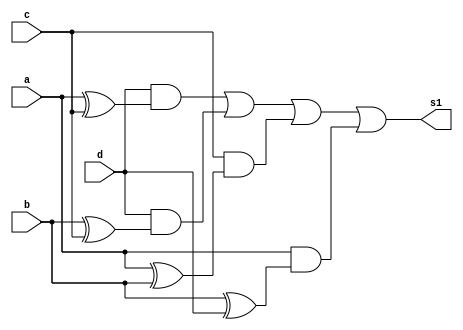

module saida1 (s1,a,b,c,d);
	output s1;
	input a,b,c,d;
	wire f1,f2,f3,f4,g1,g2,g3,g4;
	
	xor XOR1 (f1,a,c);
	xor XOR2 (f2,b,c);
	xor XOR3 (f3,a,b);
	xor XOR4 (f4,b,d);
	
	and AND1 (g1,d,f1);
	and AND2 (g2,d,f2);
	and AND3 (g3,c,f3);
	and AND4 (g4,a,f4);
	
	or OR1 (s1,g1,g2,g3,g4);
endmodule

module TESTE;
	
	wire s1;
	reg a,b,c,d;

	saida1 Teste (s1,a,b,c,d);

 	initial begin
	   $display("\nRafael Moreira Melo-405834\n");
      $display("\na   b   c   d   s1\n");
      $monitor("%b + %b + %b + %b = %b", a, b, c, d, s1);
  
	     a=0; b=0; c=0; d=0;  
    #1  a=0; b=0; c=0; d=1;
    #1  a=0; b=0; c=1; d=0;
    #1  a=0; b=0; c=1; d=1;
    #1  a=0; b=1; c=0; d=0;
 	 #1  a=0; b=1; c=0; d=1;
    #1  a=0; b=1; c=1; d=0;
    #1  a=0; b=1; c=1; d=1;
    #1  a=1; b=0; c=0; d=0;
    #1  a=1; b=0; c=0; d=1;
    #1  a=1; b=0; c=1; d=0;
    #1  a=1; b=0; c=1; d=1;
    #1  a=1; b=1; c=0; d=0;
    #1  a=1; b=1; c=0; d=1;
    #1  a=1; b=1; c=1; d=0;
    #1  a=1; b=1; c=1; d=1;
        
    end
endmodule